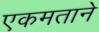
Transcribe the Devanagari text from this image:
एकमताने